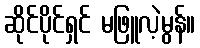
ဆိုင်ပိုင်ရှင် မဖြူလဲ့မွန်။